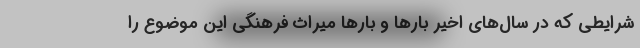
شرایطی که در سال‌های اخیر بارها و بارها میراث فرهنگی این موضوع را